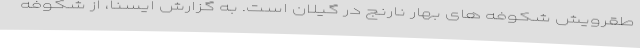
طقرویش شکوفه های بهار نارنج در گیلان است. به گزارش ایسنا، از شکوفه